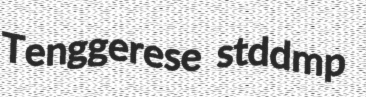
Tenggerese stddmp